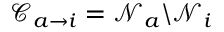
\mathcal { C } _ { a \to i } = \mathcal { N } _ { a } \backslash \mathcal { N } _ { i }